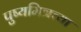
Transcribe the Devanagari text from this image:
पुष्यमित्रच्या